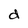
Character: d